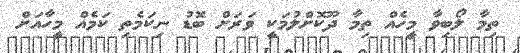
ތިމާ ލޯބިވާ މީހެއް ތިމާ ދޫކޮށްލުމަކީ ވަރަށް ބޮޑު ނިކަމެތި ކަމެއް މީހާއަށް